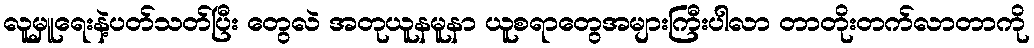
လူမှူရေးနဲ့ပတ်သတ်ပြီး တွေလဲ အတုယူနမူနာ ယူစရာတွေအများကြီးပါလာ တာတိုးတက်လာတာကို